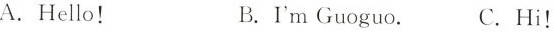
A.Hello! B.I'm Guoguo. C.Hi!